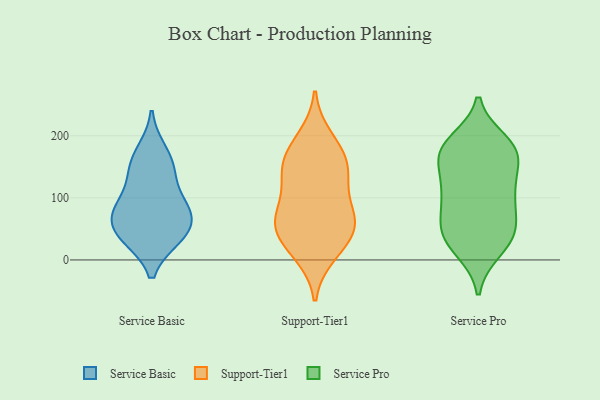
{"axis": {"x": "Revenue (USD Million)", "y": "Value"}, "legend": ["Service Basic", "Service Pro", "Support-Tier1"], "data": [{"x": "", "y": 42, "type": "Service Basic"}, {"x": "", "y": 67, "type": "Service Basic"}, {"x": "", "y": 76, "type": "Service Basic"}, {"x": "", "y": 144, "type": "Service Basic"}, {"x": "", "y": 146, "type": "Service Basic"}, {"x": "", "y": 86, "type": "Service Basic"}, {"x": "", "y": 174, "type": "Service Basic"}, {"x": "", "y": 37, "type": "Service Basic"}, {"x": "", "y": 37, "type": "Service Basic"}, {"x": "", "y": 91, "type": "Service Basic"}, {"x": "", "y": 176, "type": "Support-Tier1"}, {"x": "", "y": 132, "type": "Support-Tier1"}, {"x": "", "y": 196, "type": "Support-Tier1"}, {"x": "", "y": 57, "type": "Support-Tier1"}, {"x": "", "y": 61, "type": "Support-Tier1"}, {"x": "", "y": 20, "type": "Support-Tier1"}, {"x": "", "y": 10, "type": "Support-Tier1"}, {"x": "", "y": 68, "type": "Support-Tier1"}, {"x": "", "y": 137, "type": "Support-Tier1"}, {"x": "", "y": 161, "type": "Support-Tier1"}, {"x": "", "y": 148, "type": "Support-Tier1"}, {"x": "", "y": 42, "type": "Support-Tier1"}, {"x": "", "y": 93, "type": "Support-Tier1"}, {"x": "", "y": 62, "type": "Support-Tier1"}, {"x": "", "y": 177, "type": "Service Pro"}, {"x": "", "y": 182, "type": "Service Pro"}, {"x": "", "y": 190, "type": "Service Pro"}, {"x": "", "y": 177, "type": "Service Pro"}, {"x": "", "y": 163, "type": "Service Pro"}, {"x": "", "y": 113, "type": "Service Pro"}, {"x": "", "y": 111, "type": "Service Pro"}, {"x": "", "y": 16, "type": "Service Pro"}, {"x": "", "y": 167, "type": "Service Pro"}, {"x": "", "y": 39, "type": "Service Pro"}, {"x": "", "y": 118, "type": "Service Pro"}, {"x": "", "y": 19, "type": "Service Pro"}, {"x": "", "y": 48, "type": "Service Pro"}, {"x": "", "y": 66, "type": "Service Pro"}, {"x": "", "y": 171, "type": "Service Pro"}, {"x": "", "y": 49, "type": "Service Pro"}, {"x": "", "y": 45, "type": "Service Pro"}, {"x": "", "y": 89, "type": "Service Pro"}, {"x": "", "y": 112, "type": "Service Pro"}]}